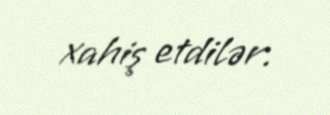
xahiş etdilər.